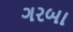
ગરબા